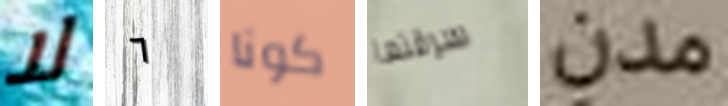
لا ٦ كونا سرقتها مدن